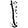
Digit: 1